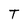
Character: T